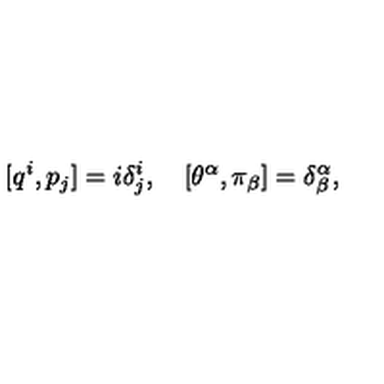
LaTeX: [ q ^ { i } , p _ { j } ] = i \delta _ { j } ^ { i } , \quad [ \theta ^ { \alpha } , \pi _ { \beta } ] = \delta _ { \beta } ^ { \alpha } ,